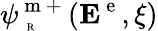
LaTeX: \psi_{\mathrm{~\tiny~R~}}^{\mathrm{~m~+~}}({\mathbf E}^{\mathrm{~e~}},\xi)